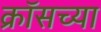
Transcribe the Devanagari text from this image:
क्रॉसच्या